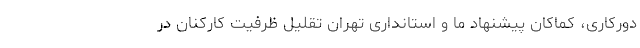
دورکاری، کماکان پیشنهاد ما و استانداری تهران تقلیل ظرفیت کارکنان در